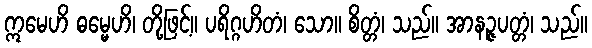
ဣမေဟိ ဓမ္မေဟိ၊ တို့ဖြင့်။ ပရိဂ္ဂဟိတံ၊ သော။ စိတ္တံ၊ သည်။ အာနဉ္ဇပတ္တံ၊ သည်။